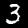
Digit: 3